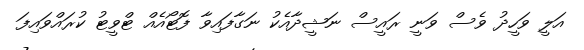
އަލީ ވަހީދު ވެސް ވަނީ ރައީސް ނަޝީދާއެކު ނަގާފައިވާ ފޮޓޯއެއް ޓްވީޓު ކުރައްވައިފަ